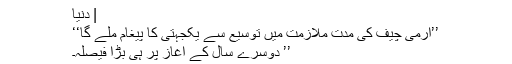
| دنیا
’’آرمی چیف کی مدت ملازمت میں توسیع سے یکجہتی کا پیغام ملے گا‘‘
’’ دوسرے سال کے آغاز پر ہی بڑا فیصلہ۔